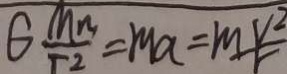
G \frac { M n } { T 2 } = m a = m \frac { v ^ { 2 } } { r }